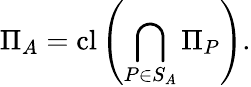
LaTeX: \Pi_{A}=\operatorname{cl}\left(\bigcap_{P\in S_{A}}\Pi_{P}\right).